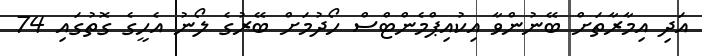
އަދި އިމާރާތަށް ބޭނުންވާ އިކުއިޕްމެންޓްސް ހޯދުމަށް ބޭރުގެ ލޯނު އެހީގެ ގޮތުގައި 74